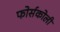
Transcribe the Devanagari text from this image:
फोर्सकोली